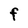
Character: F